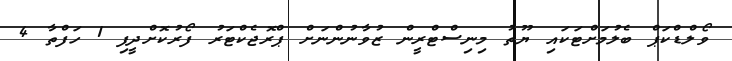
ވޯލްޑްކަޕް ބެލުމަށްޓަކައި ޔޫތު މިނިސްޓްރީން ޒުވާނުންނަށް ޕްރޮޖެކްޓަރު ފޯރުކޮށްދީފި 1 ހަފްތާ 4